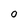
Character: 0